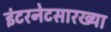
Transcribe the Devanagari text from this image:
इंटरनेटसारख्या